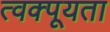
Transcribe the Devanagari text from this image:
त्वक्पूयता